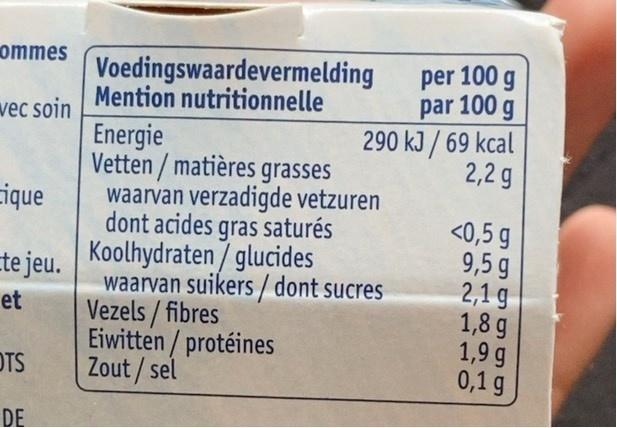
ommes
per 100 g par 100 g 290 kJ / 69 kcal 2,2 g
Voedingswaardevermelding Mention nutritionnelle
vec soin
Energie Vetten / matières grasses waarvan verzadigde vetzuren dont acides gras saturés
cique
<0,5 g 9,5 g 2,1 g 1,8 g 1,9 g 0,1 g
te jeu. Koolhydraten/ glucides
waarvan suikers / dont sucres Vezels / fibres Eiwitten / protéines Zout / sel
et
OTS
DE